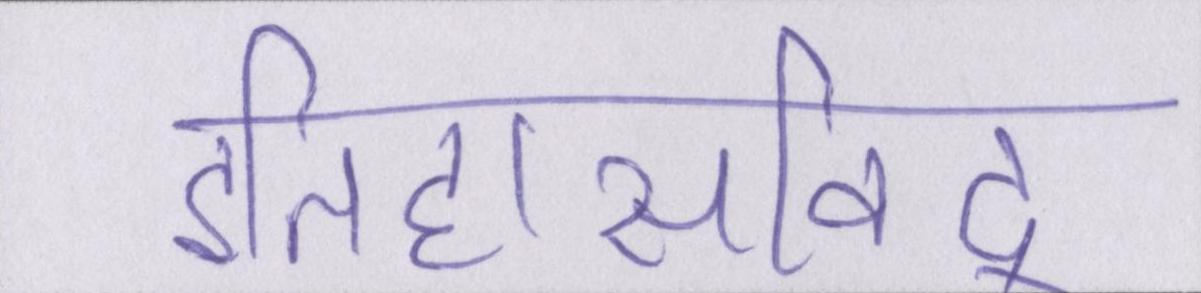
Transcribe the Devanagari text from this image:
इतिहासविद्